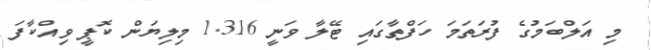
މި އަލްބަމުގެ ފުރަތަމަ ހަފްތާގައި ޓޭލާ ވަނީ 1.316 މިލިޔަން ކޮޕީ ވިއްކާފަ